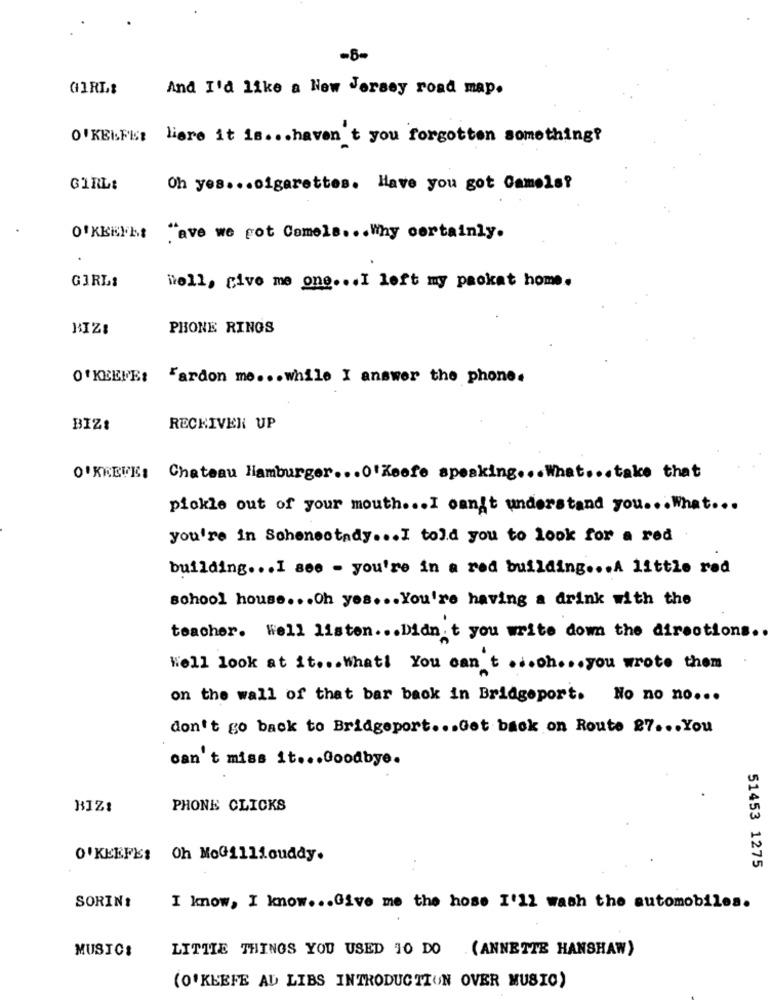
-8-
GIRLS
And I'd like a New Jersey road map.
O'KEEFESE liare it is .. . haven't you forgotten something?
GIRL:
Oh yes ... cigarettes. Have you got Camels?
O'KKElht "ave we pot Comels ... Why certainly.
GIRL:
"tell, give me one ... I left my packat home.
HIZ!
PHONE RINGS
O'KEEFE: "ardon me ... while I answer the phone.
BIZI
RECKIVEN UP
O'KKEVE: Chateau Hamburger ... O'Keefe speaking ... What ... take that
pickle out of your mouth ... I can't understand you ... What ...
you're in Schenectady ... I told you to look for a red
building ... I see - you're in a red building ... A little red
school house ... Oh yes ... You're having a drink with the
teacher. Well listen ... Didn't you write down the directions ..
Well look at it ... What You can't ... oh ... you wrote them
on the wall of that bar back in Bridgeport. No no no ...
don't go back to Bridgeport ... Got back on Route 27 ... You
can't miss it ... Goodbye.
RIZ:
PHONE CLICKS
O'KEEFE: Oh MoGilliouddy.
51453 1275
SORIN:
I know, I know ... Give me the hose I'12 wash the automobiles.
MUSIC:
LITTLE THINGS YOU USED 10 DO (ANNETTE HANSHAW)
(O'KEEFE AD LIBS INTRODUCTION OVER MUSIC)